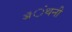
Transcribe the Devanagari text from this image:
ॲंथनी